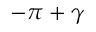
- \pi + \gamma